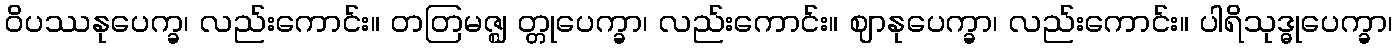
ဝိပဿနုပေက္ခ၊ လည်းကောင်း။ တတြမဇ္ဈ တ္တုပေက္ခာ၊ လည်းကောင်း။ ဈာနုပေက္ခာ၊ လည်းကောင်း။ ပါရိသုဒ္ဓုပေက္ခာ၊